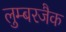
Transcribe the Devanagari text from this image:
लुम्बरजैक